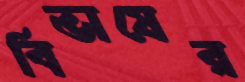
বিভাষের